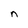
Character: n